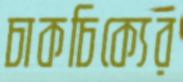
চাকচিক্যের